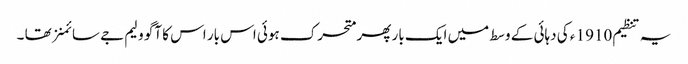
یہ تنظیم 1910 ء کی دہائی کے وسط میں ایک بار پھر متحرک ہوئی اس بار اس کا آگو ولیم جے سائمنز تھا ۔